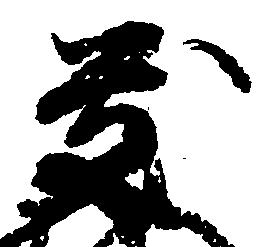
慶